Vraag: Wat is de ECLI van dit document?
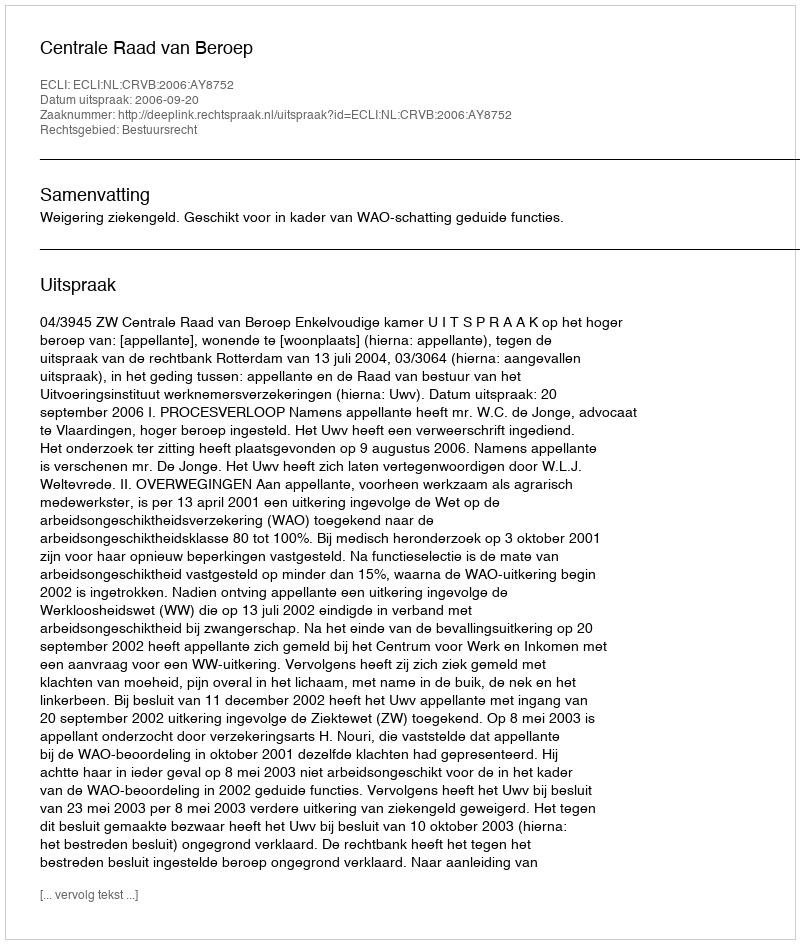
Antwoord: ECLI:NL:CRVB:2006:AY8752